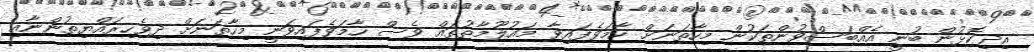
އިދިކޮޅުން ބުނީ އެއްބަސްވުންތަކުން މިހާތަނަށް ހާމަވެފައިވާ މައުލޫމާތުތައް ވެސް ހާމަވެފައިވަނީ މިހާތަނަށް ދިވެހިރައްޔިތުންނާއި